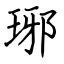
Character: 琊